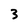
Character: 3